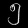
Digit: ၅